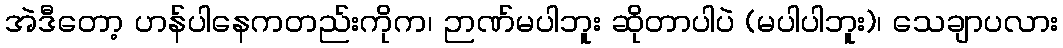
အဲဒီတော့ ဟန်ပါနေကတည်းကိုက၊ ဉာဏ်မပါဘူး ဆိုတာပါပဲ (မပါပါဘူး)၊ သေချာပလား